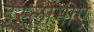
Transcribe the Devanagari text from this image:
इस्लामीए